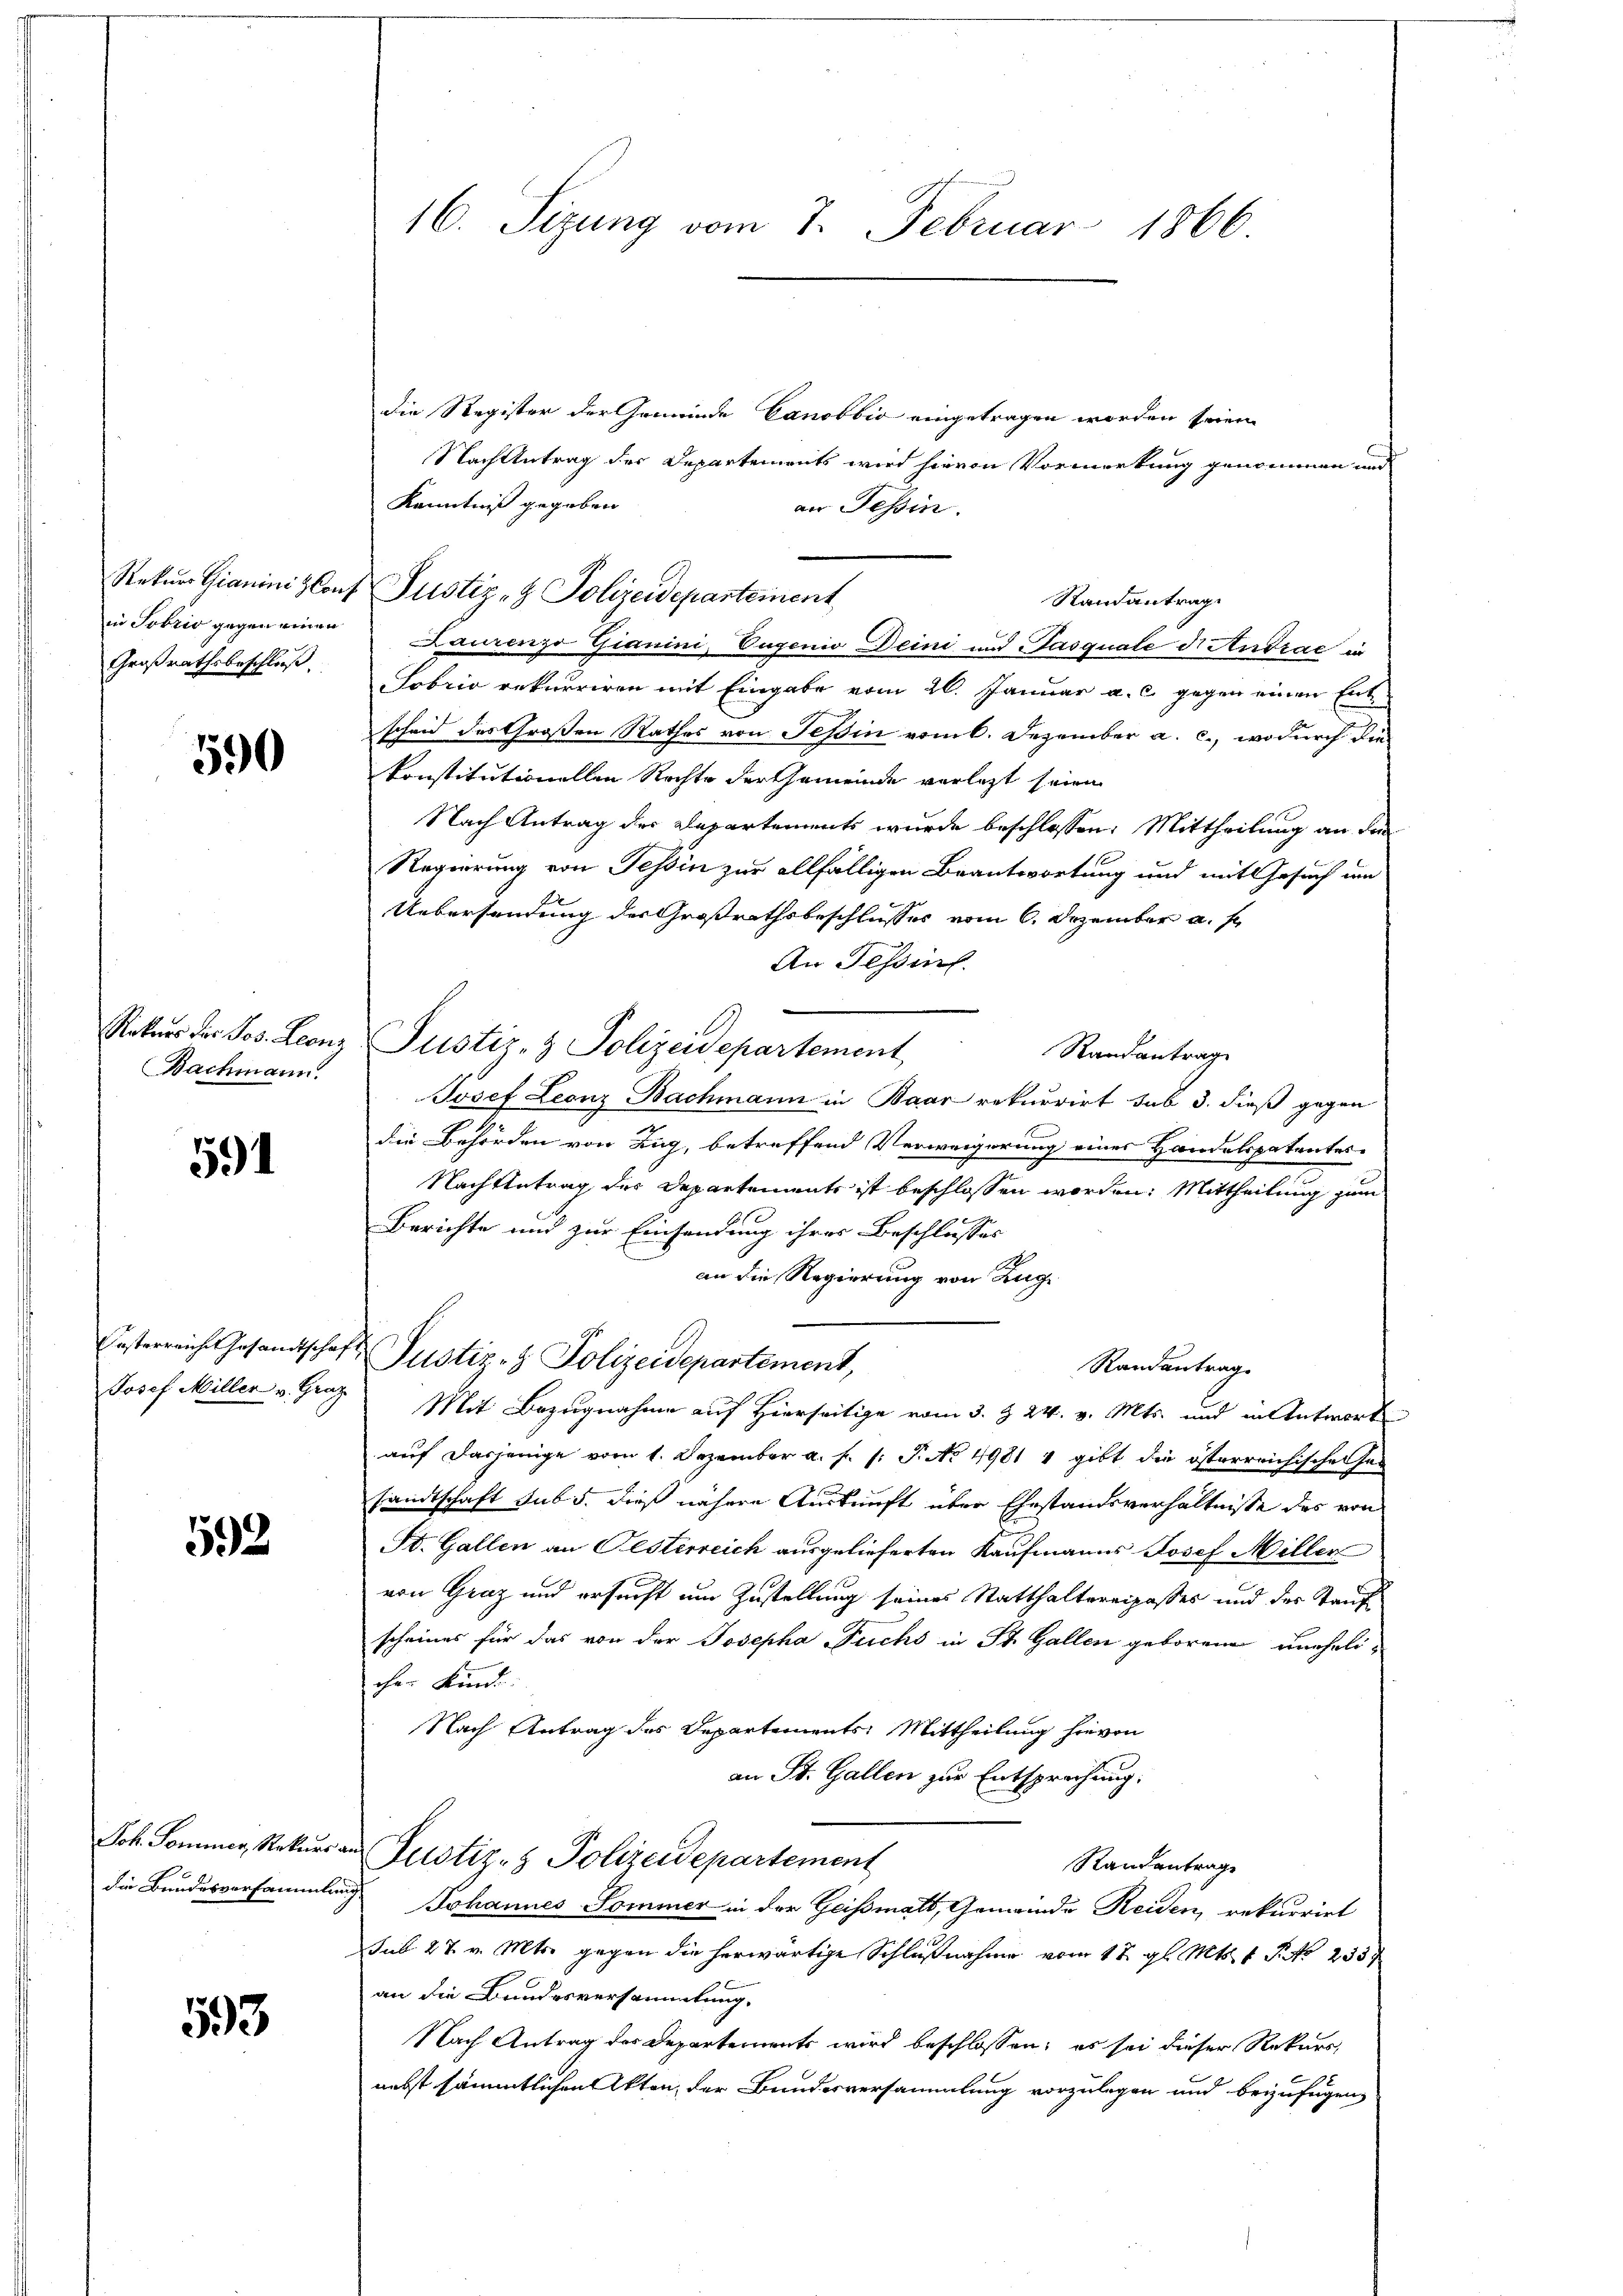
in Sobris gegen einen
Großrathsbeschluß.

590

Bachmann.

591

592

593

die Register der Gemeinde Canobbio eingetragen worden seien.
Nach Antrag des Departements wird hievon Vormerkung genommen und
Kenntniß gegeben
an Tessin.
Rekurs Gianini Conf Justiz- & Polizeidepartement
Randantrag
Laurenzo Gianini, Eugenio Deini und Pasquale die Andrae in
Sobrio rekurriren mit Eingabe vom 26. Januar a. c. gegen einen Ente
schon des Großen Rathes von Teßin vom 6. Dezember a. c., wodurch die
konstitutionellen Rechte der Gemeinde verletzt seien
Nach Antrag der Departements wurde beschlossen: Mittheilung an die
Regierung von Tessin zur allfälligen Beantwortung und mit Gesuch um
Uebersendung des Großrathsbeschlusses vom 6. Dezember a. f.
An Tessin.
Notars der Jos. Leonz Justiz- & Polizeidepartement,
Randantrag
Jósef Leonz Bachmann in Baar rekurrirt sub 3. dieß gegen
die Behörden von Zug, betreffend Verweigerung einer Handelspatentes
Nachtetrag des Departements ist beschlossen worden. Mittheilung zum
Berichte und zur Einsendung ihrer Beschlusses
an die Regierung von Zug
Fasterreiche Gesandtschaft Pustiz- & Polizeidepartement,
Randantrag
Josef Miller v. Graz. Mit Bezugnahme auf Hierseitige vom 3. § 24. v. Mts. und in Antwort
auf dasjenige vom 1. Dezember a. f. 1: P. No 4981 & gibt die österreichische Han
sandtschaft sub 5. dieß nähere Auskunft über Ehestandsverhältnisse des von
St. Gallen an Festerreich ausgelieferten Kaufmanns Josef Miller
von Graz und ersucht um Zustellung seines Statthaltereipasses und der Kauf
scheines für das von der Josepha Fuchs in St. Gallen geborenen uneheli-
cher Kinde.
Nach Antrag des Departements: Mittheilung hievon
an St. Gallen zur Entsprechung.
Joh. Sommer, Rekurs an Pustiz- & Polizeidepartement
Randentrage
die Bundesversammlung Johannes Sommer in der Geißmatt, Gemeinde Reiden, rekurrirt
sub 27. v. Mts. gegen die herwärtige Schlußnahme vom 17. gl. Mts. 1 P. No 2357
an die Bundesversammlung.
Nach Antrag der Departements wird beschlossen; es sei dieser Rekurs,
b
nebst sämmtlichen Akten, der Bundesversammlung vorzulegen und beizufügen,

16. Sizung vom 7. Februar 1866.